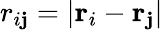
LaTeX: r_{i\mathbf{j}}=\left|\mathbf{{r}}_{i}-\mathbf{{r}}_{\mathbf{j}}\right|